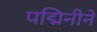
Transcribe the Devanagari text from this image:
पद्मिनीने